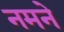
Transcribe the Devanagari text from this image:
नमने